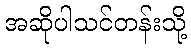
အဆိုပါသင်တန်းသို့